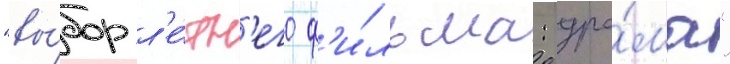
"вы́бор л'е́тн'его ф'и́льма: дра́ма"